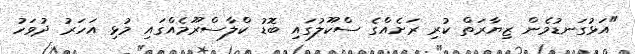
"އަޅުގަނޑުމެން ޒިޔާރަތް ކުރި ރަށެއްގެ ސްކޫލުގައި ބޮޑު ކްލާސްރޫމެއްގައި މުޅި އަހަރު ދުވަހު